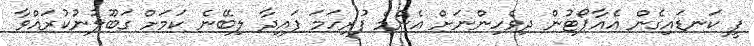
ފީ ކަނޑައިގެން އެއާޕޯޓުން ދިވެހިންނަށް އެންމެ ފުރިހަމަ ފައިދާ ލިބޭނެ ކަމަށް ގަބޫލުނުކުރައްވާ